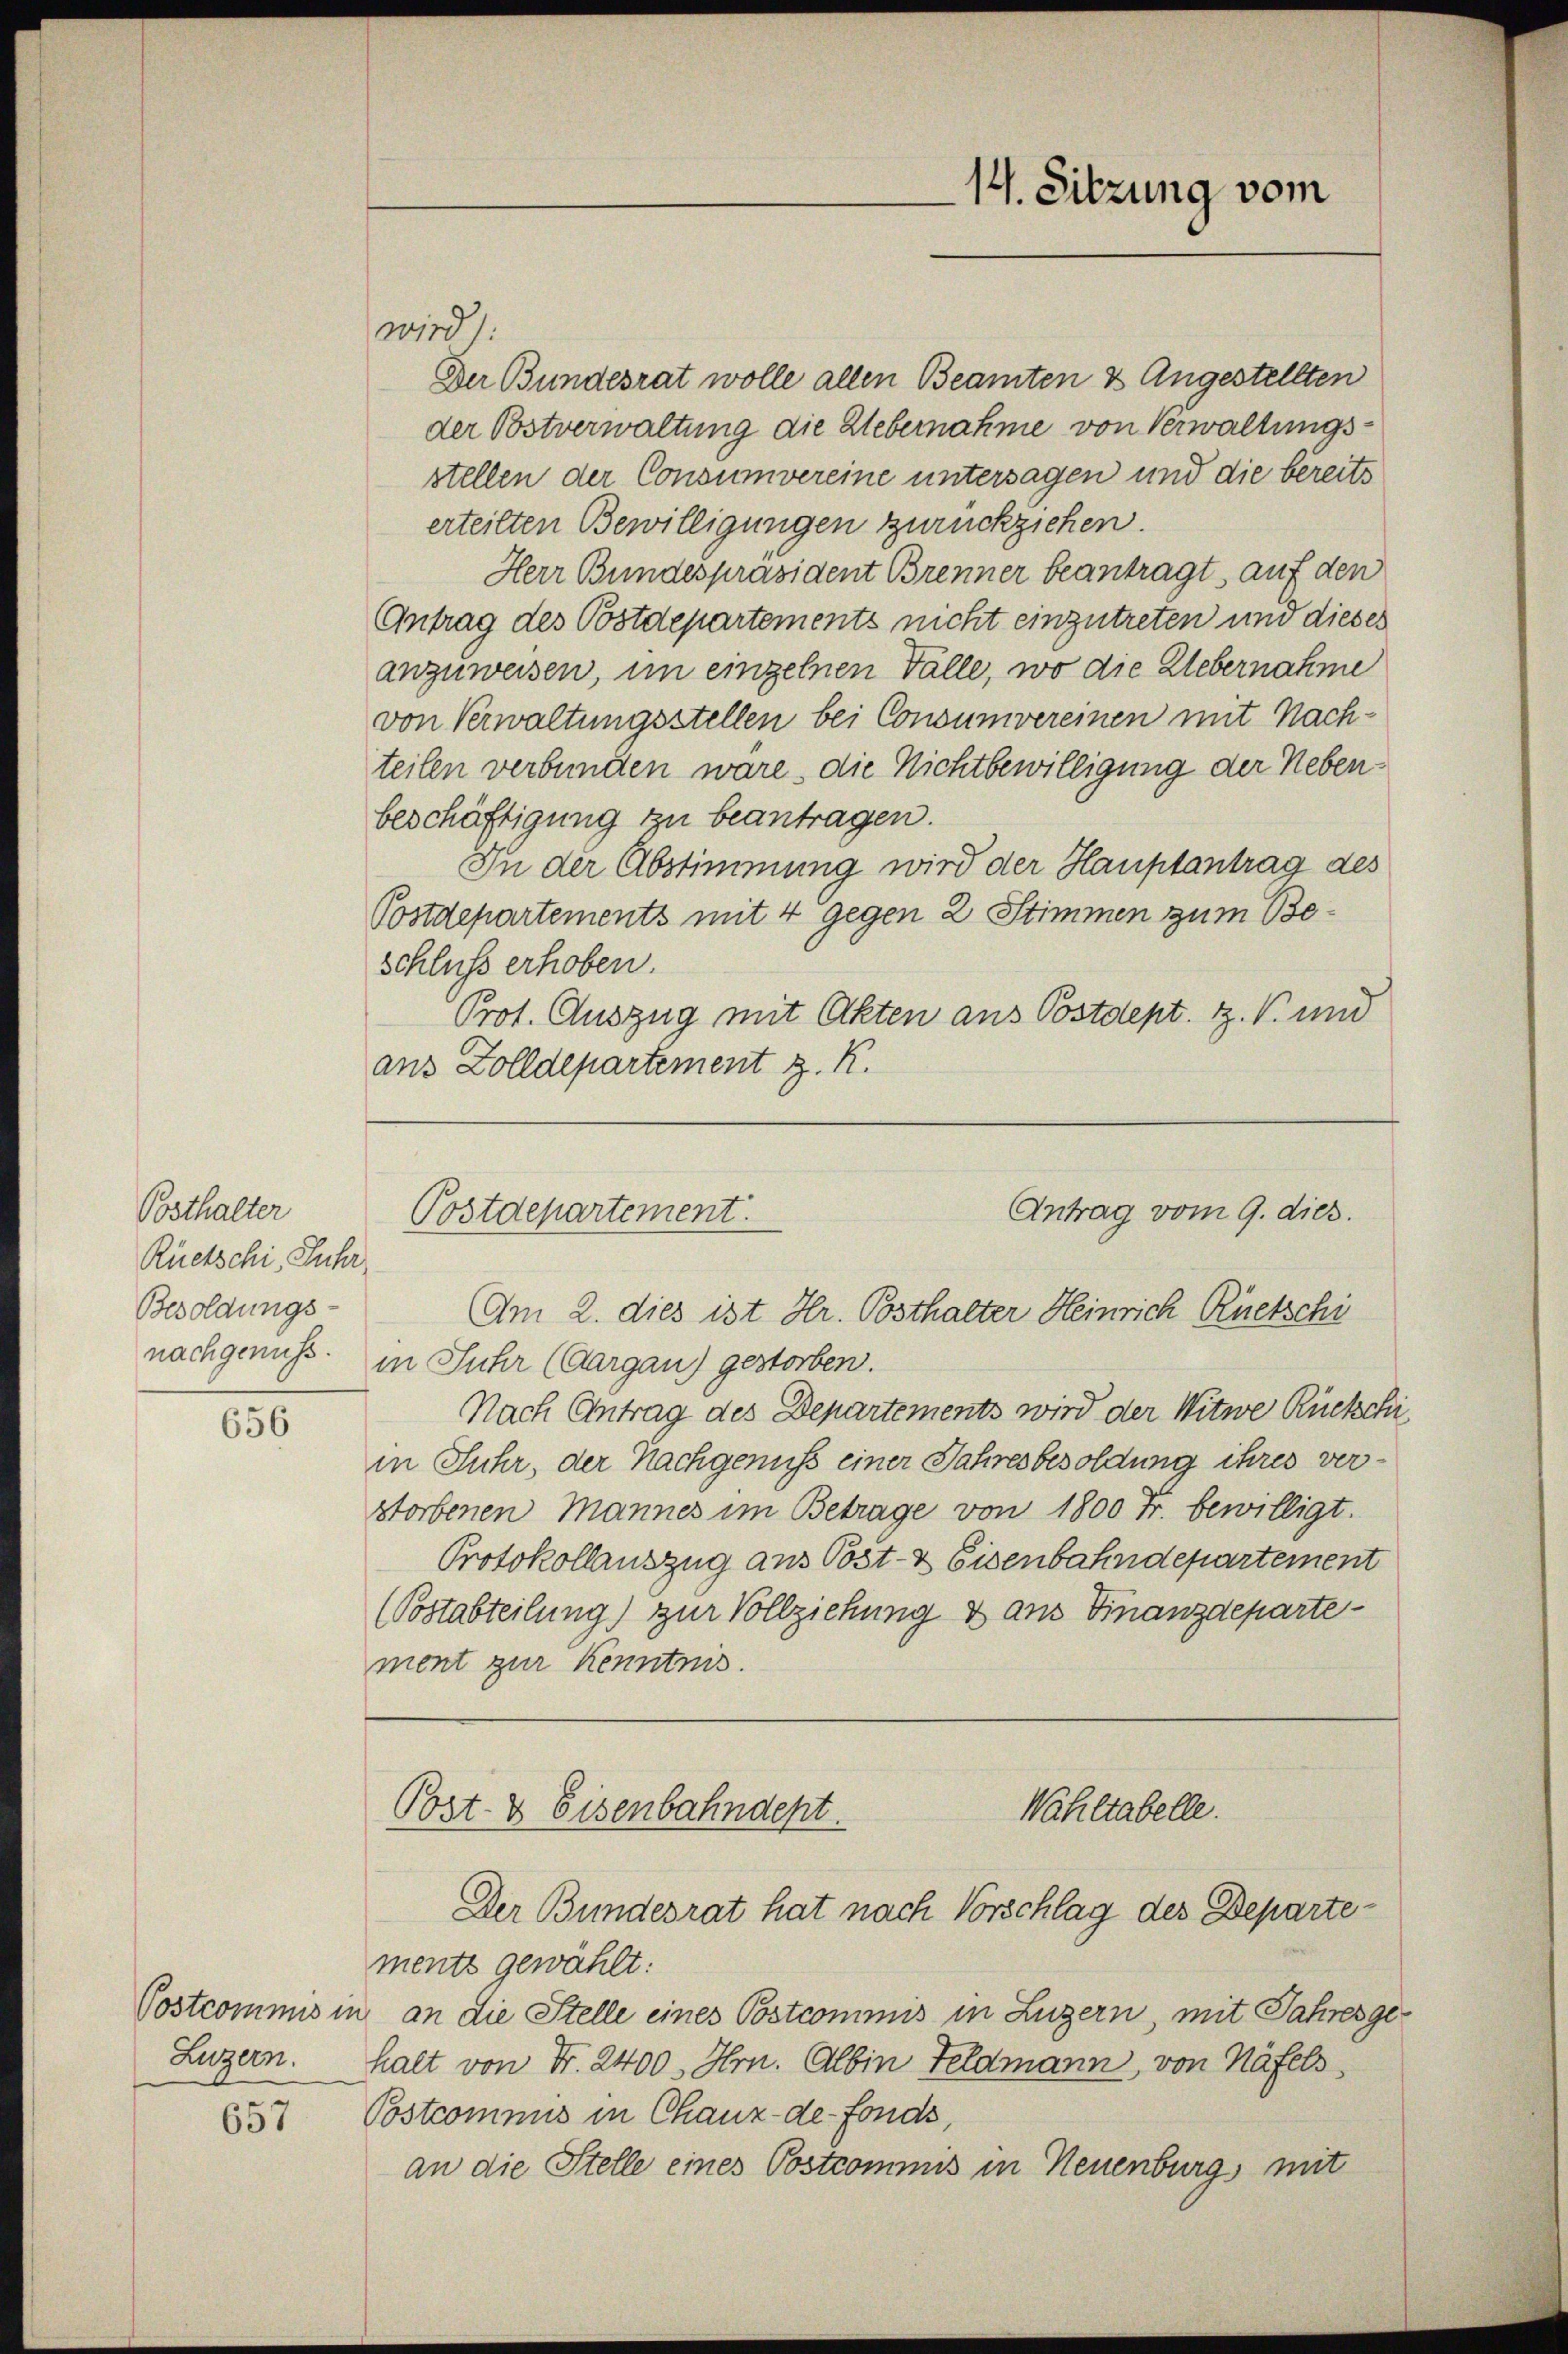
Posthalter
Rüetschi, Fuhr
Besoldungs-
nachgenuss.

656

Postcommis in
Luzern.

657

wird):
Der Bundesrat wolle allen Beamten & Angestellten
der Postverwaltung die Uebernahme von Verwaltungsstellen der Consumvereine untersagen und die bereits
erteilten Bewilligungen zurückziehen.
Herr Bundespräsident Brenner beantragt, auf den
Antrag des Postdepartements nicht einzutreten und dieses
anzuweisen, im einzelnen Fälle, wo die Uebernahme
von Verwaltungsstellen bei Consumvereinen mit Nachteilen verbunden wäre, die Nichtbewilligung der Nebenbeschäftigung zu beantragen.
In der Abstimmung wird der Hauptantrag des
Postdepartements mit 4 gegen 2 Stimmen zum Be¬
Schluss erhoben.
Prot. Auszug mit Akten aus Postdept. Z. V. und
aus Zolldepartement z. R.

14. Sitzung vom

Antrag vom 9. dies.
Postdepartement.
Am 2. dies ist Hr. Posthalter Heinrich Rüetsch

in Juhr (Aargau) gestorben.
Nach Antrag des Departements wird der Witwe Rückschi
in Fuhr, der Nachgenuss einer Jahresbesoldung ihres verstorbenen Mannes im Betrage von 1800 Fr. bewilligt.
Protokollauszug aus Post- & Eisenbahndepartement
(Postabteilung) zur Vollziehung & aus Finanzdepartement zur Kenntnis.
Wahltabelle.
Post- & Eisenbahndept.
Der Bundesrat hat nach Vorschlag des Departements gewählt:
an die Stelle eines Postcommis in Luzern, mit Jahresgehalt von Fr. 2400. Hrn. Albin Feldmann, von Näfels
Postcommis in Chaux-de-Fonds,
an die Stelle eines Postcommis in Neuenburg, mit